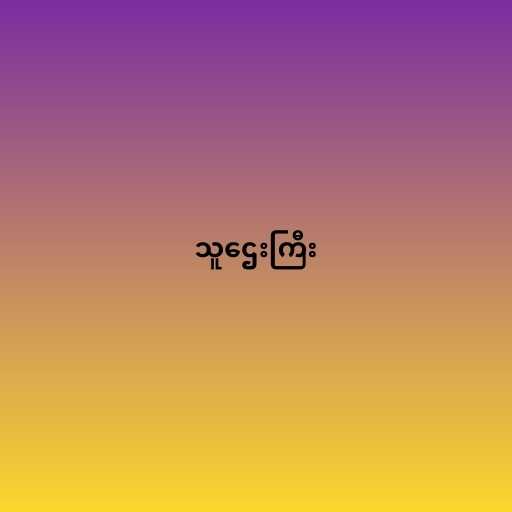
သူဌေးကြီး